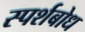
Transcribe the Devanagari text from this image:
स्पर्शबोध